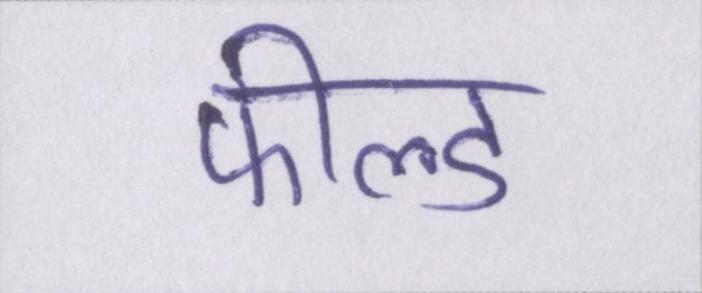
फील्ड